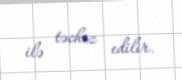
ilə təchiz edilir.